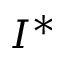
I ^ { * }